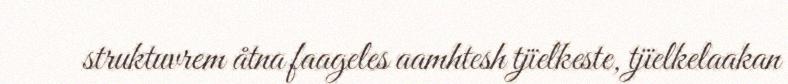
struktuvrem åtna faageles aamhtesh tjïelkeste, tjïelkelaakan